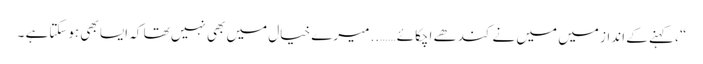
“ ، کہنے کے انداز میں میں نے کندھے اچکائے …….. میرے خیال میں بھی نہیں تھا کہ ایسا بھی ہوسکتاہے ۔